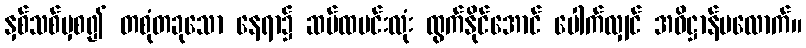
နှစ်သစ်မှစ၍ တစုံတခုသော နေရာ၌ ဆပ်ထမင်းလုံး ထွက်နိုင်အောင် ပေါက်လျှင် အဓိဋ္ဌာန်မလောက်။